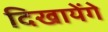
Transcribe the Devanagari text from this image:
दिखायेंगे